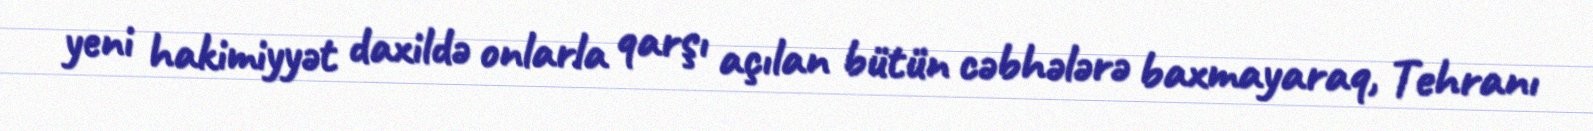
yeni hakimiyyət daxildə onlarla qarşı açılan bütün cəbhələrə baxmayaraq, Tehranı